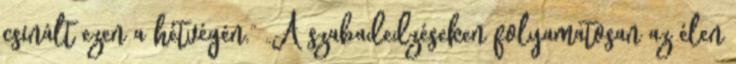
csinált ezen a hétvégén.” „A szabadedzéseken folyamatosan az élen